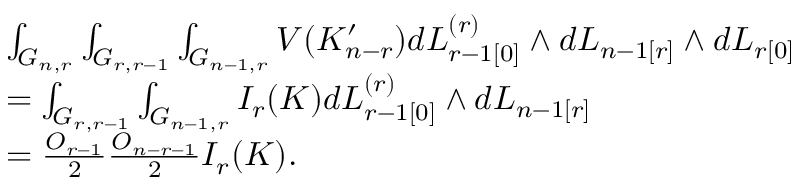
\begin{array} { r l } { \indent } & { \int _ { G _ { n , r } } \int _ { G _ { r , r - 1 } } \int _ { G _ { n - 1 , r } } V ( K _ { n - r } ^ { \prime } ) d L _ { r - 1 [ 0 ] } ^ { ( r ) } \wedge d L _ { n - 1 [ r ] } \wedge d L _ { r [ 0 ] } } \\ & { = \int _ { G _ { r , r - 1 } } \int _ { G _ { n - 1 , r } } I _ { r } ( K ) d L _ { r - 1 [ 0 ] } ^ { ( r ) } \wedge d L _ { n - 1 [ r ] } } \\ & { = \frac { O _ { r - 1 } } { 2 } \frac { O _ { n - r - 1 } } { 2 } I _ { r } ( K ) . } \end{array}